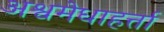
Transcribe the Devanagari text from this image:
अश्वमेधाहर्त्ता